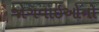
જોગવાઇઓનો